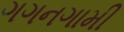
ગગનગામી